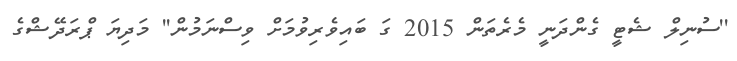
''ސުނިލް ޝެޓީ ގެންދަނީ މެރެތަން 2015 ގަ ބައިވެރިވުމަށް ވިސްނަމުން'' މަދިޔަ ޕްރަދޭޝްގެ